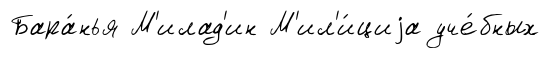
Бара́нья М'илад'ин М'ил'и́циjа уче́бных